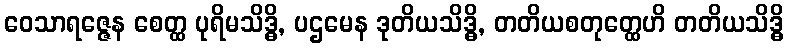
ဝေသာရဇ္ဇေန စေတ္ထ ပုရိမသိဒ္ဓိ, ပဌမေန ဒုတိယသိဒ္ဓိ, တတိယစတုတ္ထေဟိ တတိယသိဒ္ဓိ